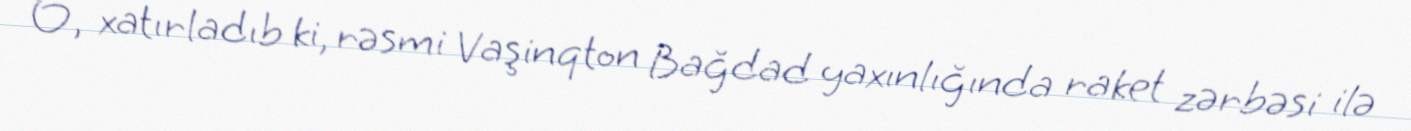
O, xatırladıb ki, rəsmi Vaşinqton Bağdad yaxınlığında raket zərbəsi ilə